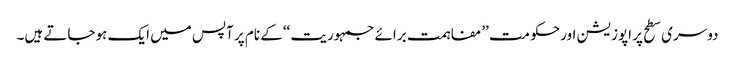
دوسری سطح پر اپوزیشن اور حکومت ’’مفاہمت برائے جمہوریت ‘‘کے نام پر آپس میں ایک ہوجاتے ہیں۔